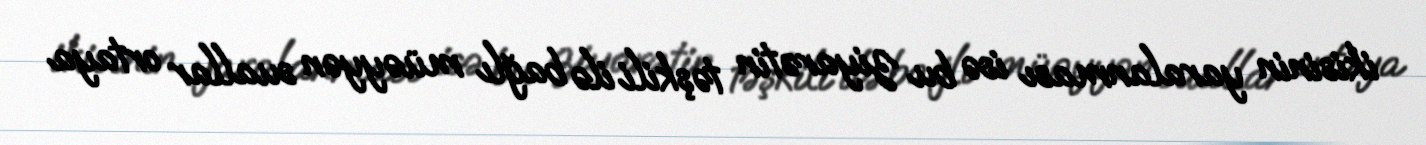
ikisinin yaralanması isə bu ziyarətin təşkili ilə bağlı müəyyən suallar ortaya